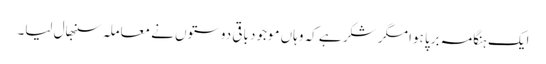
ایک ہنگامہ برپا ہوا مگر شکر ہے کہ وہاں موجود باقی دوستوں نے معاملہ سنبھال لیا۔